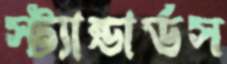
স্ট্যান্ডার্ডস